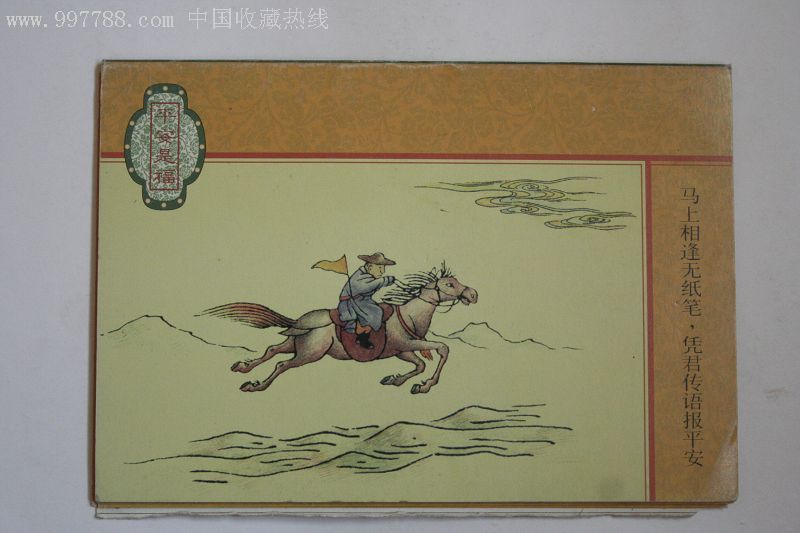
马上相逢无纸笔，凭君传语报平安。